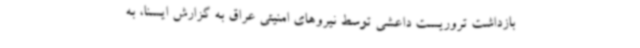
بازداشت تروریست داعشی توسط نیروهای امنیتی عراق به گزارش ایسنا، به